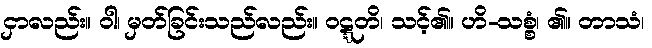
ငှာလည်း။ ဝါ၊ မှတ်ခြင်းသည်လည်း။ ဝဋ္ဋတိ၊ သင့်၏။ ဟိ-သစ္စံ၊ ၏။ တာသံ၊